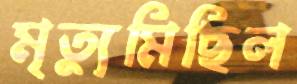
মৃত্যুমিছিল